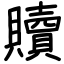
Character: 贖